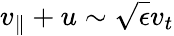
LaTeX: v_{\parallel}+u\sim\sqrt{\epsilon}v_{t}